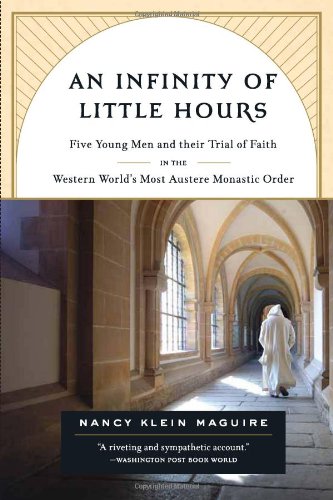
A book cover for An Infinity of Little Hours: Five Young Men and Their Trial of Faith in the Western World's Most Austere Monastic Order; Nancy Klein Maguire; Christian Books & Bibles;